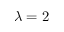
\lambda = 2